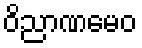
ဝိညာဏမေဝ